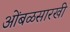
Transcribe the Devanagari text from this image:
आेंबळसारखी